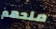
منحهم